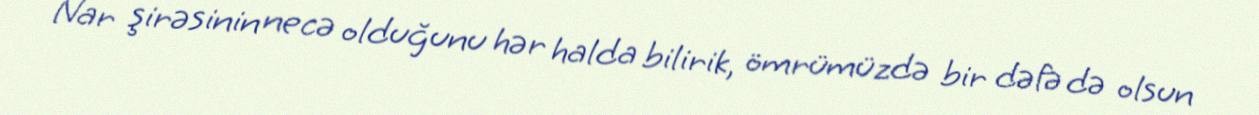
Nar şirəsinin necə olduğunu hər halda bilirik, ömrümüzdə bir dəfə də olsun